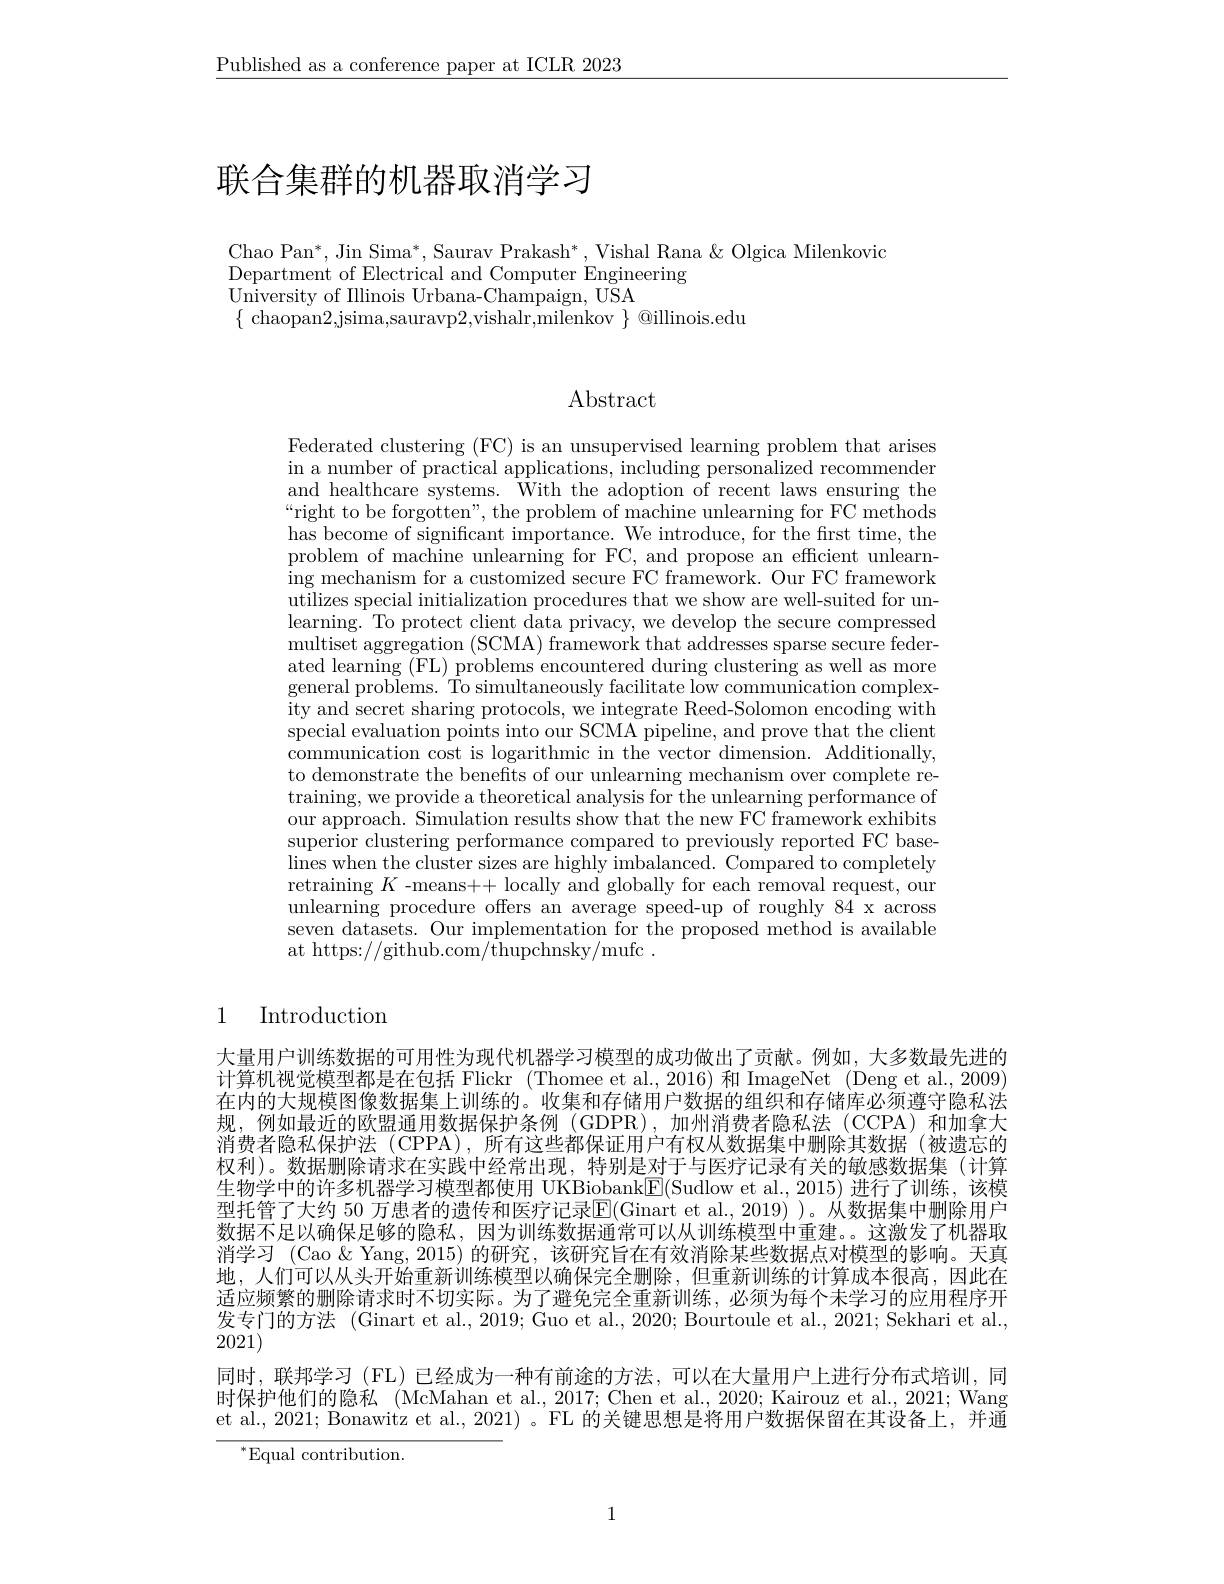
$\underline{\text{Published as a conference paper at ICLR 2023}}$

# 联合集群的机器取消学习

Chao Pan$^*$,Jin Sima$^*$,Saurav Prakash$^*$,Vishal Rana$\&$ Olgica Milenkovic
Department of Electrical and
$\bar{\text{University of Illinois Urbana-Champaign, USA}}$
$\{$ chaopan2,jsima,sauravp2,vishalr,milenkov $\}$ @illinois.edu

Abstract

Federated clustering (FC) is an unsupervised learning problem that arises in a number of practical applications, including personalized recommender and healthcare systems. With the adoption of recent laws ensuring the “right to be forgotten", the problem of machine unlearning for FC methods has become of significant importance. We introduce, for the first time, the problem of machine unlearning for FC, and propose an efficient unlearning mechanism for a customized secure FC framework. Our FC framework utilizes special initialization procedures that we show are well-suited for unlearning. To protect client data privacy, we develop the secure compressed $\operatorname*{multiset}$ aggregation (SCMA) framework that addresses sparse secure federated learning (FL) problems encountered during clustering as well as more general problems. To simultaneously facilitate low communication complexity and secret sharing proto special evaluation points into our SCMA pipeline, and prove that the client $\dot{\text{communication cost is logarithmic in the vector dimension. Additionally,}}$ to demonstrate the benefits of our unlearning mechanism over complete retraining, we provide a theoretical analysis for the unlearning performance of our approach. Simulation results show that the new FC framework exhibits superior clustering performance compared to previously reported FC baselines when the cluster sizes retraining $K$ -means++ loca unlearning procedure offers an average speed-up of roughly 84 x across seven datasets. Our implementation for the proposed method is available at https://github.com/thup

## 1 Introduction

大量用户训练数据的可用性为现代机器学习模型的成功做出了贡献。例如，大多数最先进的计算机视觉模型都是在包括 Flickr (Thomee et al.,2016)和 ImageNet (Deng et al., 2009) 在内的大规模图像数据集上训练的。收集和存储用户数据的组织规，例如最近的欧盟通用数据保护条例(GDPR),加州消费者隐私法(CCPA)和加拿大消费者隐私保护法 (CPPA),所有这些都保证用户有权从数据集中删除其数据 (被遗忘的权利)。数据删除请求在实践中经常出现，特别是对于与医疗记录有关的敏感数据集(计算生物学中的许多机器学习模型都使用 UKBiobank$\overline$ 型托管了大约 50 万患者的遗传和医疗记录$\overline{\mathrm{E}}($Ginart et al.,2019) )。从数据集中删除用户数据不足以确保足够的隐私，因为训练数据通常可以从训练模型中重建。。这激发了机器取消学习 (Cao &Yang, 2015) 的研究，该研究旨在有效消除某些数据点对模型的影响。天真地，人们可以从头开始重新训练模型以确保完全删除，但重新训练的计算成本很高，因此在适应频繁的删除请求时不切实际。为了避免完全重新训练，必须为每个未学习的应用程序开发专门的方法 (Ginart et al., 2019; 2021)
同时，联邦学习 (FL) 已经成为一种有前途的方法，可以在大量用户上进行分布式培训，同时保护他们的隐私 (McMahan et al., 2017; Chen et al., 2020; Kairouz et al., 2021; Wang et al., 2021; Bonawitz et al., 2021) 。$^{\prime}$FL 的关键思想是将用户数据保留在其设备上，并通
$^{*}$Equal contribution.

1